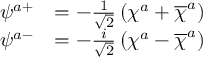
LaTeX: \begin{array} { c c c } { { \psi ^ { a + } } } & { { = - \frac 1 { \sqrt { 2 } } \left( \chi ^ { a } + \overline { { { \chi } } } ^ { a } \right) } } & { { } } \\ { { \psi ^ { a - } } } & { { = - \frac i { \sqrt { 2 } } \left( \chi ^ { a } - \overline { { { \chi } } } ^ { a } \right) } } & { { } } \end{array}